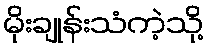
မိုးချုန်းသံကဲ့သို့